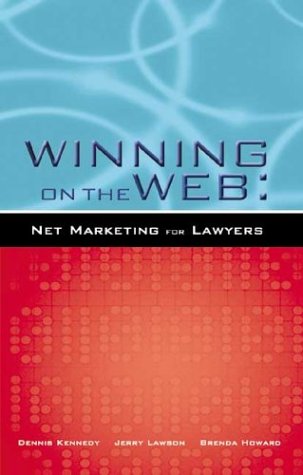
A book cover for Winning on the Web: Net Marketing for Lawyers; Dennis Kennedy; Law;